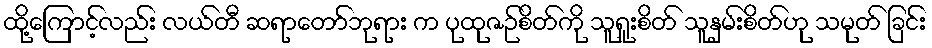
ထို့ကြောင့်လည်း လယ်တီ ဆရာတော်ဘုရား က ပုထုဇဉ်စိတ်ကို သူရူးစိတ် သူနှမ်းစိတ်ဟု သမုတ် ခြင်း